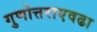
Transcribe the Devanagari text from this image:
गुणोत्तराएवढा